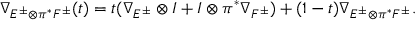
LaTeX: \nabla _ { E ^ { \pm } \otimes \pi ^ { * } F ^ { \pm } } ( t ) = t ( \nabla _ { E ^ { \pm } } \otimes I + I \otimes \pi ^ { * } \nabla _ { F ^ { \pm } } ) + ( 1 - t ) \nabla _ { E ^ { \pm } \otimes \pi ^ { * } F ^ { \pm } } .